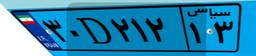
۵۶D۱۰۴۱۶